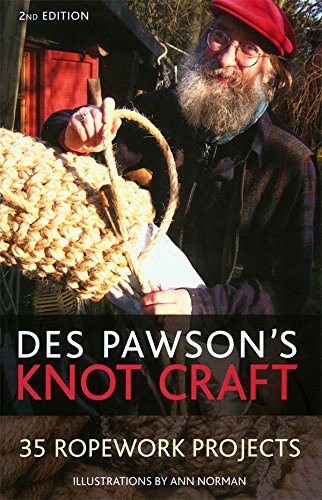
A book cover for Knot Craft; Des Pawson; Crafts, Hobbies & Home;